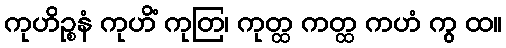
ကုဟိဉ္စနံ ကုဟိံ ကုတြ၊ ကုတ္ထ ကတ္ထ ကဟံ ကွ ထ။